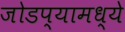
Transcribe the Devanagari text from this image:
जोडप्यामध्ये